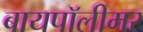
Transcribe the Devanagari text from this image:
बायपॉलीमर